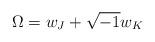
LaTeX: \begin{align*}\Omega = w_J+\sqrt{-1}w_K\end{align*}